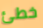
خطئ